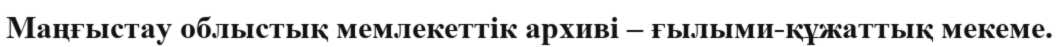
Маңғыстау облыстық мемлекеттік архиві – ғылыми-құжаттық мекеме.